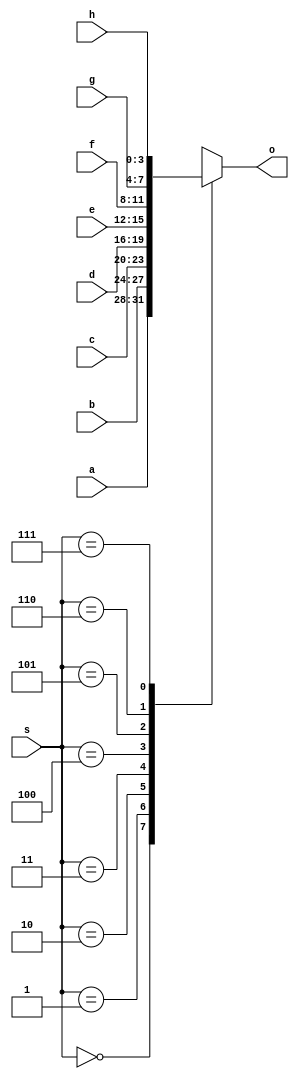
module Mux8to1_4b(
      input [3:0] a, // ?
      input [3:0] b, // ?
      input [3:0] c, // ?
      input [3:0] d, // ?
      input [3:0] e, // ?
      input [3:0] f, // ?
      input [3:0] g, // ?
      input [3:0] h, // ?
      input [2:0] s, // 
      output reg [3:0] o // 
    );
    
    
    always @(*) begin
        case(s)
            3'b000: o = a;
            3'b001: o = b;
            3'b010: o = c;
            3'b011: o = d;
            3'b100: o = e;
            3'b101: o = f;
            3'b110: o = g;
            3'b111: o = h;
        endcase
    end
endmodule